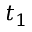
t _ { 1 }